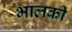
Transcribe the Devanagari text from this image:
भालकी